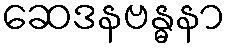
ဆေဒနဗန္ဓနာ